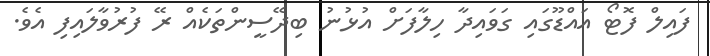
ފައިލް ފޮޓޯ އައްޑޫގައި ގަވައިދާ ހިލާފަށް އުޅުނު ބިދޭސީންތަކެއް ރޭ ފުރުވާލައިފި އެވެ.